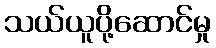
သယ်ယူပို့ဆောင်မှု